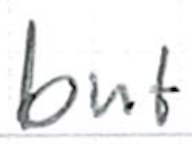
Text: but
Cross-out: clean
Writing tool: ballpoint